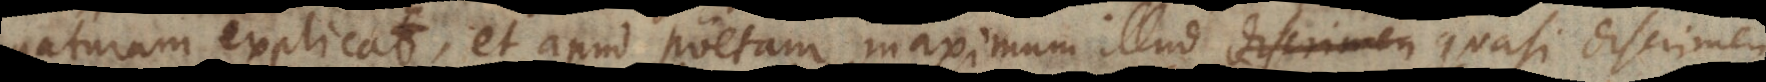
naturam explicat, et apud poetam maximum illud discrimen habe